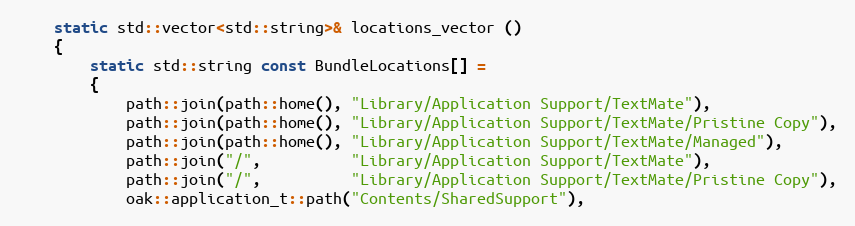
Language: C++
	static std::vector<std::string>& locations_vector ()
	{
		static std::string const BundleLocations[] =
		{
			path::join(path::home(), "Library/Application Support/TextMate"),
			path::join(path::home(), "Library/Application Support/TextMate/Pristine Copy"),
			path::join(path::home(), "Library/Application Support/TextMate/Managed"),
			path::join("/",          "Library/Application Support/TextMate"),
			path::join("/",          "Library/Application Support/TextMate/Pristine Copy"),
			oak::application_t::path("Contents/SharedSupport"),